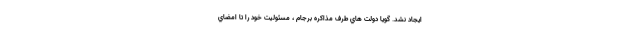
ايجاد نشد. گويا دولت هاي طرف مذاكره برجام ، مسئوليت خود را تا امضاي